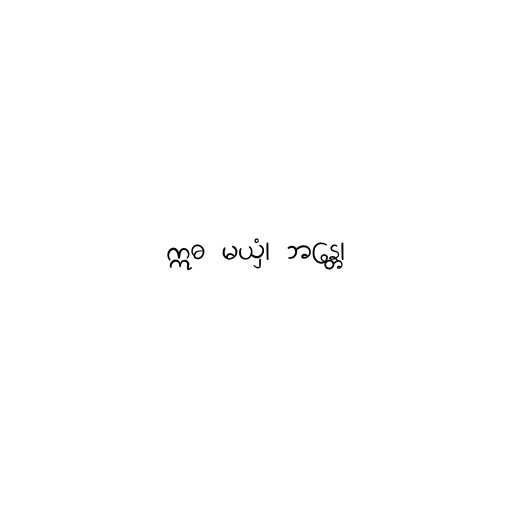
ဣဓ မယှံ၊ ဘန္တေ၊